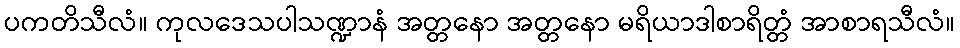
ပကတိသီလံ။ ကုလဒေသပါသဏ္ဍာနံ အတ္တနော အတ္တနော မရိယာဒါစာရိတ္တံ အာစာရသီလံ။